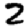
Digit: 2